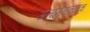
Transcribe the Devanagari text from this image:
अलामेनच्याच